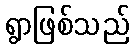
ရွာဖြစ်သည်